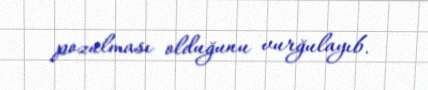
pozulması olduğunu vurğulayıb.